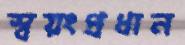
স্বয়ংপ্রধান